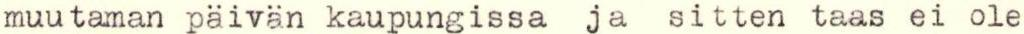
muutaman päivän kaupungissa ja sitten taas ei ole